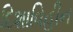
દિશાવિહીન